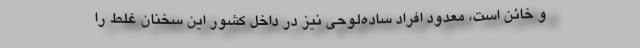
و خائن است، معدود افراد ساده‌لوحی نیز در داخل کشور این سخنان غلط را